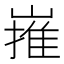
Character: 嶊